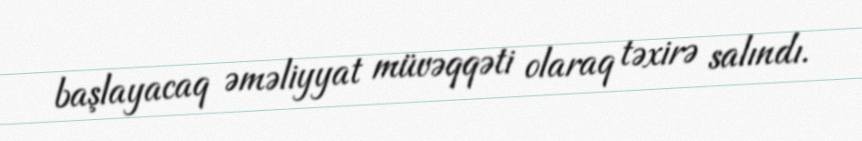
başlayacaq əməliyyat müvəqqəti olaraq təxirə salındı.